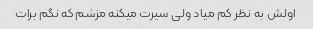
اولش به نظر کم میاد ولی سیرت میکنه مزشم که نگم برات